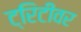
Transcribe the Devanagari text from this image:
ट्रिटीवर